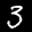
Label: 3